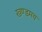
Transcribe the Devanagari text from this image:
खण्डमय